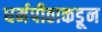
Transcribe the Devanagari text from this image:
धर्मपीठाकडून